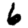
Digit: 6